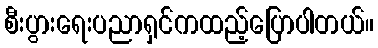
စီးပွားရေးပညာရှင်ကထည့်ပြောပါတယ်။